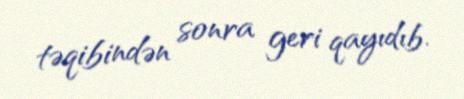
təqibindən sonra geri qayıdıb.